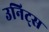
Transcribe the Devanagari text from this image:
उनिट्स